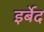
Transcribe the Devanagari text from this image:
इर्बेद